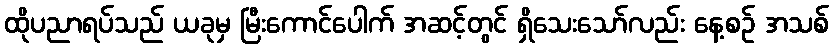
ထိုပညာရပ်သည် ယခုမှ မြီးကောင်ပေါက် အဆင့်တွင် ရှိသေးသော်လည်း နေ့စဉ် အသစ်